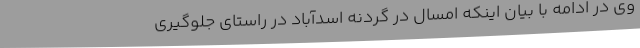
وی در ادامه با بیان اینکه امسال در گردنه اسدآباد در راستای جلوگیری